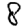
Digit: 8